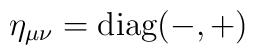
\eta_{\mu \nu} = {\rm diag( - , +) }